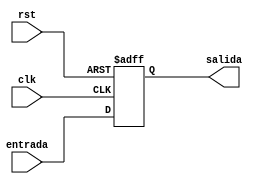
`timescale 1ns / 1ps
//////////////////////////////////////////////////////////////////////////////////
// Company: 
// Engineer: 
// 
// Design Name: 
// Module Name:    RegOpe 
// Project Name: 
// Target Devices: 
// Tool versions: 
// Description: 
//
// Dependencies: 
//
// Revision: 
// Revision 0.01 - File Created
// Additional Comments: 
//
//////////////////////////////////////////////////////////////////////////////////
module RegOpe #(parameter N = 23)(

		input wire clk,rst, 
		input wire [N-1:0] entrada, 
		output reg [N-1:0] salida 
    );
	 


always@(posedge clk, posedge rst)

	if(rst)
		salida <= 0; 
	else
		salida <= entrada; 
		
endmodule